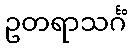
ဥတရာသင်္ဂံ